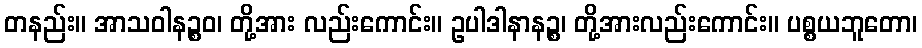
တနည်း။ အာသဝါနဉ္စဝ၊ တို့အား လည်းကောင်း။ ဥပါဒါနာနဉ္စ၊ တို့အားလည်းကောင်း။ ပစ္စယဘူတော၊